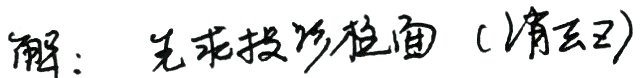
解：先求投影柱面（消去\(z\)）